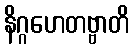
နိဂ္ဂဟေတဗ္ဗာတိ